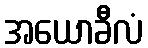
အယောခီလံ